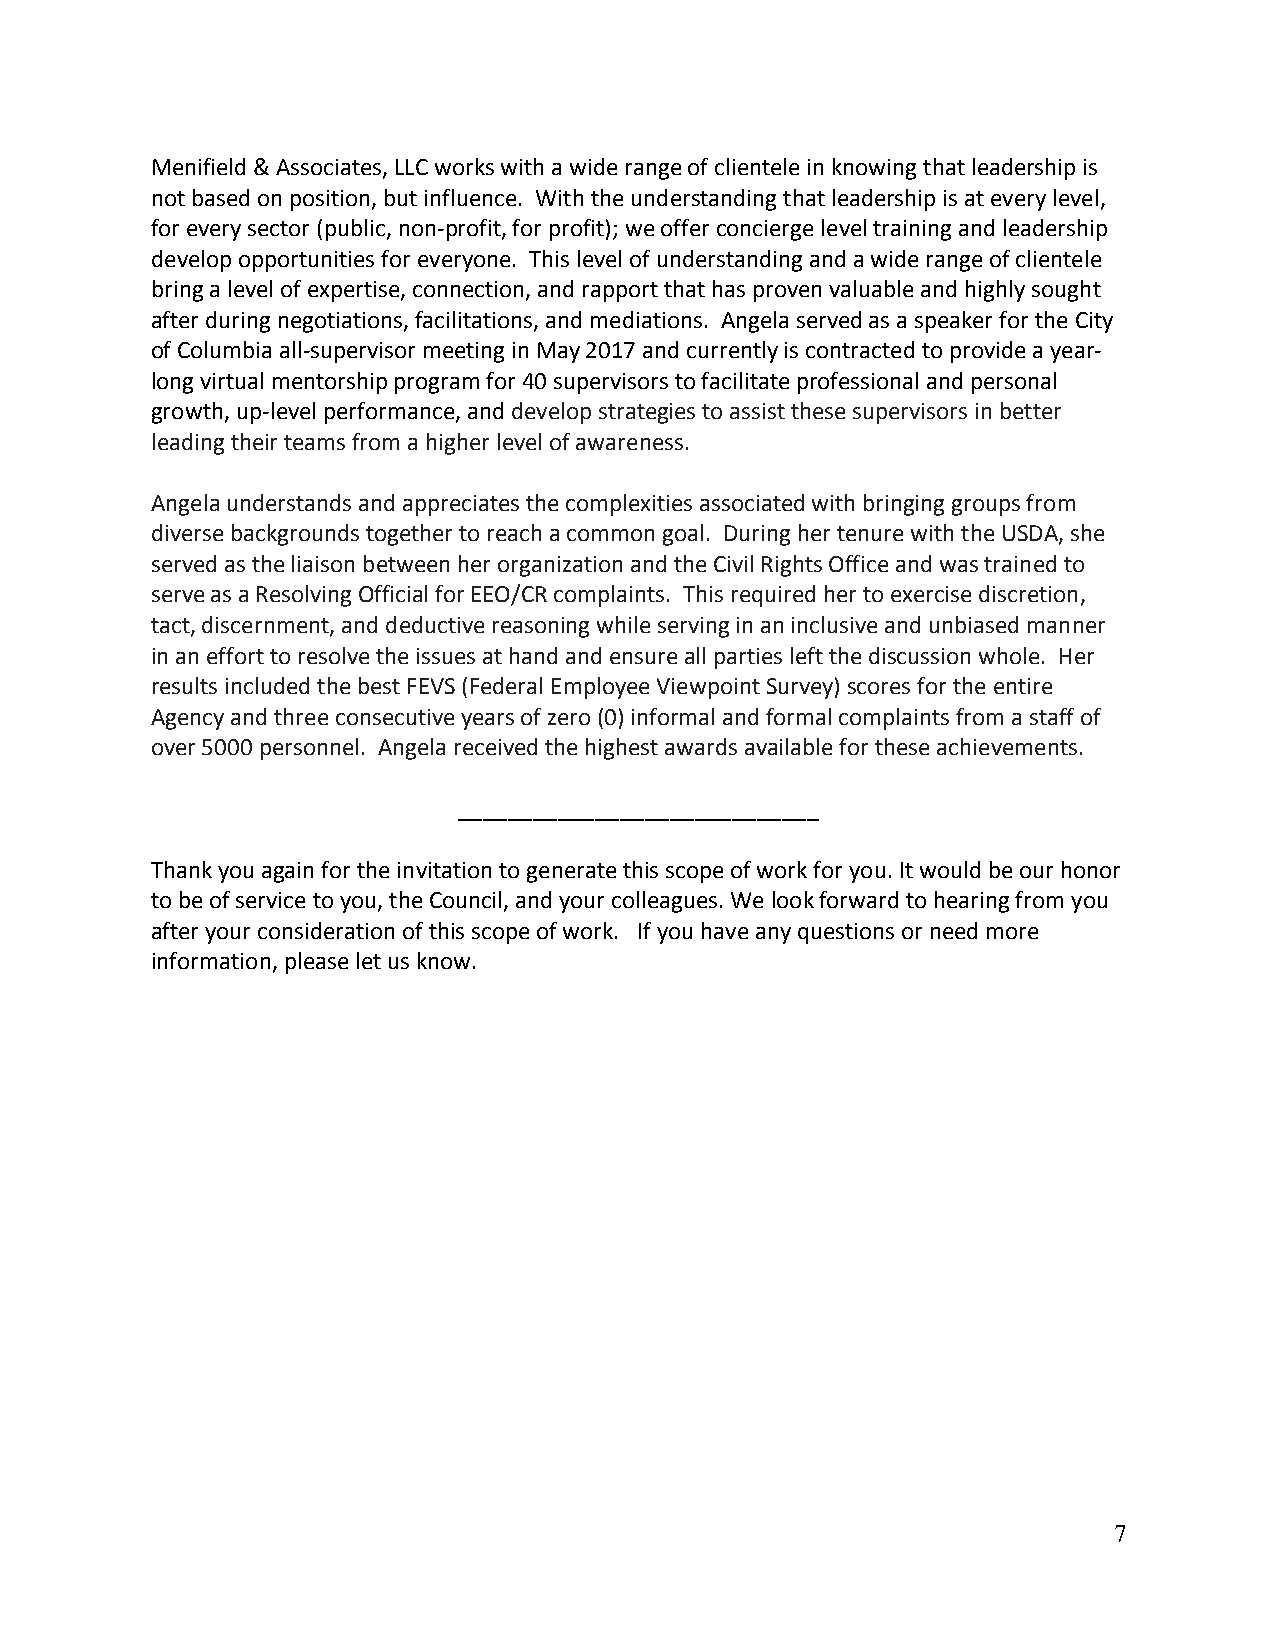
Menifield & Associates, LLC works with a wide range of clientele in knowing that leadership is
 not based on position, but influence. With the understanding that leadership is at every level,
 for every sector (public, non-profit, for profit); we offer concierge level training and leadership
 develop opportunities for everyone. This level of understanding and a wide range of clientele
 bring a level of expertise, connection, and rapport that has proven valuable and highly sought
 after during negotiations, facilitations, and mediations. Angela served as a speaker for the City
 of Columbia all-supervisor meeting in May 2017 and currently is contracted to provide a year-
 long virtual mentorship program for 40 supervisors to facilitate professional and personal
 growth, up-level performance, and develop strategies to assist these supervisors in better
 leading their teams from a higher level of awareness.
 Angela understands and appreciates the complexities associated with bringing groups from
 diverse backgrounds together to reach a common goal. During her tenure with the USDA, she
 served as the liaison between her organization and the Civil Rights Office and was trained to
 serve as a Resolving Official for EEO/CR complaints. This required her to exercise discretion,
 tact, discernment, and deductive reasoning while serving in an inclusive and unbiased manner
 in an effort to resolve the issues at hand and ensure all parties left the discussion whole. Her
 results included the best FEVS (Federal Employee Viewpoint Survey) scores for the entire
 Agency and three consecutive years of zero (0) informal and formal complaints from a staff of
 over 5000 personnel. Angela received the highest awards available for these achievements.
 _____________________________
 Thank you again for the invitation to generate this scope of work for you. It would be our honor
 to be of service to you, the Council, and your colleagues. We look forward to hearing from you
 after your consideration of this scope of work. If you have any questions or need more
 information, please let us know.
 7